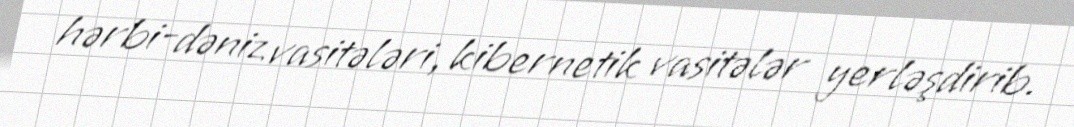
hərbi-dəniz vasitələri, kibernetik vasitələr yerləşdirib.